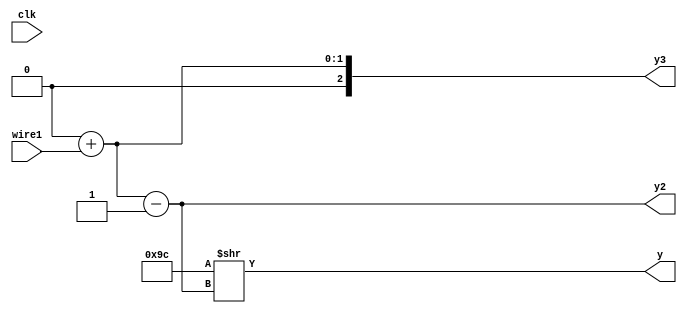
module top (
    output wire y,
    output wire [2:0] y2,
    output wire [2:0] y3,
    input wire clk,

    input wire wire1

);


    assign y3 = $unsigned(8'b10100000 + wire1);


    assign y2 = y3 - 1'b1;


    assign y = (8'b10011100 >> y2);

endmodule